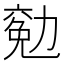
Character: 𠢖